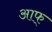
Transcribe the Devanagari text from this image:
आफ्